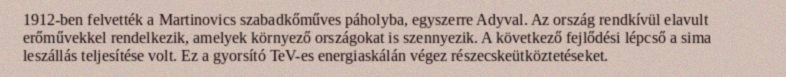
1912-ben felvették a Martinovics szabadkőműves páholyba, egyszerre Adyval. Az ország rendkívül elavult erőművekkel rendelkezik, amelyek környező országokat is szennyezik. A következő fejlődési lépcső a sima leszállás teljesítése volt. Ez a gyorsító TeV-es energiaskálán végez részecskeütköztetéseket.